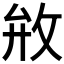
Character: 𰕇